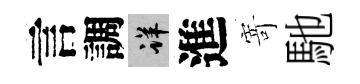
言調详進𭔃馳